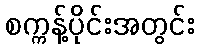
စက္ကန့်ပိုင်းအတွင်း